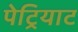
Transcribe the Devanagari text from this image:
पेट्रियाट